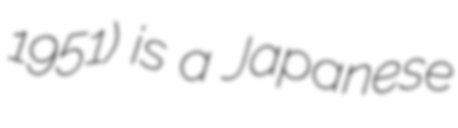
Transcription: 1951) is a Japanese